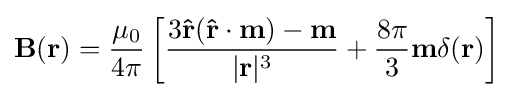
\mathbf {B} (\mathbf {r} )={\frac {\mu _{0}}{4\pi }}\left[{\frac {3\mathbf {\hat {r}} (\mathbf {\hat {r}} \cdot \mathbf {m} )-\mathbf {m} }{|\mathbf {r} |^{3}}}+{\frac {8\pi }{3}}\mathbf {m} \delta (\mathbf {r} )\right]